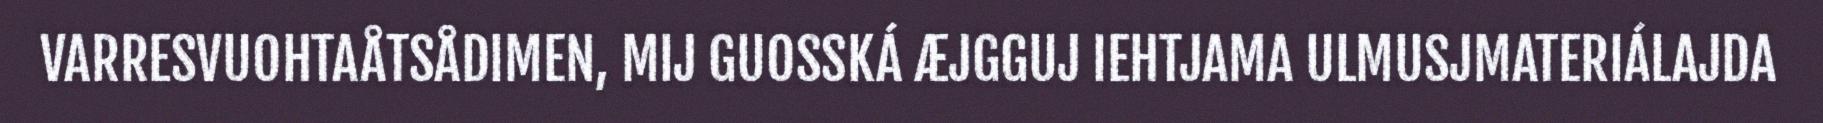
VARRESVUOHTAÅTSÅDIMEN, MIJ GUOSSKÁ ÆJGGUJ IEHTJAMA ULMUSJMATERIÁLAJDA